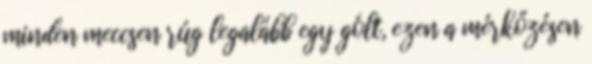
minden meccsen rúg legalább egy gólt, ezen a mérkőzésen